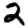
Digit: 2